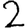
Digit: 2